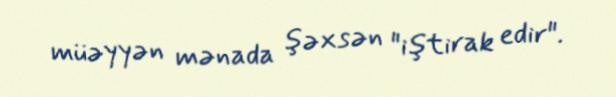
müəyyən mənada şəxsən "iştirak edir".